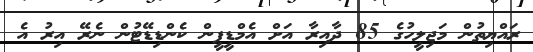
ރައްޔިތުން މަޖިލީހުގެ 85 ދާއިރާ އަށް އެމްޑީޕީން ކެންޑިޑޭޓުން ނެރޭ އިރު އެ